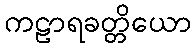
ကဠာရခတ္တိယော